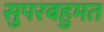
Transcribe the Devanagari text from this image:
सुपरबहुमत